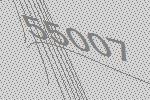
55007